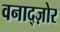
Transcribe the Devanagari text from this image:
वनाद्ज़ोर